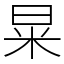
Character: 㫧